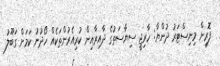
ފޮރިން މިނިސްޓަރު ދުންޔާ: ހާރިޖީ ސިޔާސަތުގެ ދާއިރާއިން ކުރިއެރުންތަކެއް ހޯދުނު ކަމަށް ގަބޫލު